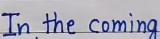
In the coming